Leaving Certificate Examination, 1916
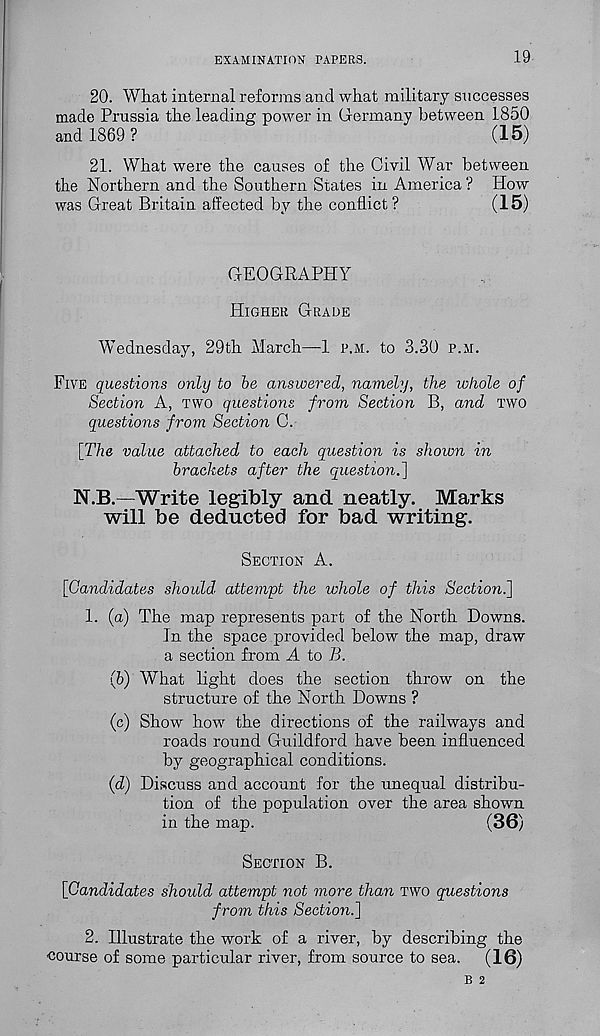
EXAMINATION PAPERS.
19
20. What internal reforms and what military successes
made Prussia the leading power in Germany between 1850
and 1869?
(15)
21. What were the causes of the Civil War between
the Northern and the Southern States in America ? How
was Great Britain affected by the conflict?
(15)
GEOGRAPHY
HIGHER GRADE
Wednesday, 29th March—1 P.M. to 3.30 P.M.
FIVE questions only to he answered, namely, the whole of
Section A, TWO questions from Section B, and TWO
questions from Section C.
[The value attached to each question is shown in
brackets after the question.]
N.B.—Write legibly and neatly. Marks
will be deducted for bad writing.
SECTION A.
[Candidates should, attempt the whole of this Section.]
1. (a) The map represents part of the North Downs.
In the space provided below the map, draw
a section from A to B.
(b) What light does the section throw on the
structure of the North Downs ?
(c) Show how the directions of the railways and
roads round Guildford have been influenced
by geographical conditions.
(d) Discuss and account for the unequal distribu-
tion of the population over the area shown
in the map.
(36)
SECTION B.
[Candidates should attempt not more than TWO questions
from this Section.]
2. Illustrate the work of a river, by describing the
•course of some particular river, from source to sea. (16)